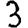
Digit: 3